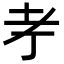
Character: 𦒱